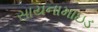
સાયનામાઇડ